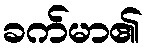
ခက်မာ၏